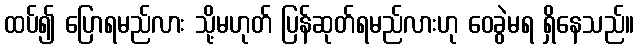
ထပ်၍ ပြောရမည်လား သို့မဟုတ် ပြန်ဆုတ်ရမည်လားဟု ဝေခွဲမရ ရှိနေသည်။